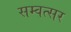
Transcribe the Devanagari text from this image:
सम्वत्सर